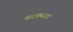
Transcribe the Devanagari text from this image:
काकसार